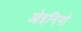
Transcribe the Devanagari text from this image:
ओइनिगो